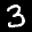
Label: 3